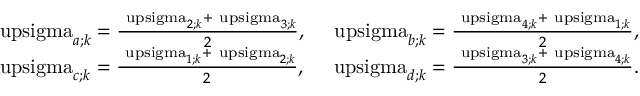
\begin{array} { r } { \mathrm { \ u p s i g m a } _ { a ; k } = \frac { \mathrm { \ u p s i g m a } _ { 2 ; k } + \mathrm { \ u p s i g m a } _ { 3 ; k } } { 2 } , \quad \mathrm { \ u p s i g m a } _ { b ; k } = \frac { \mathrm { \ u p s i g m a } _ { 4 ; k } + \mathrm { \ u p s i g m a } _ { 1 ; k } } { 2 } , } \\ { \mathrm { \ u p s i g m a } _ { c ; k } = \frac { \mathrm { \ u p s i g m a } _ { 1 ; k } + \mathrm { \ u p s i g m a } _ { 2 ; k } } { 2 } , \quad \mathrm { \ u p s i g m a } _ { d ; k } = \frac { \mathrm { \ u p s i g m a } _ { 3 ; k } + \mathrm { \ u p s i g m a } _ { 4 ; k } } { 2 } . } \end{array}